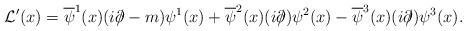
LaTeX: \begin{align*}{\cal L}^\prime(x) = \overline{\psi}^1(x)(i\partial\!\!\!/-m)\psi^1(x)+\overline{\psi}^2(x)(i\partial\!\!\!/)\psi^2(x)-\overline{\psi}^3(x)(i\partial\!\!\!/)\psi^3(x).\end{align*}